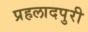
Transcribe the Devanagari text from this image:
प्रहलादपुरी